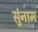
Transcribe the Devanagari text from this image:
सुंनाम